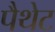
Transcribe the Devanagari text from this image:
पैथेट